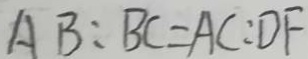
A B : B C = A C : D F